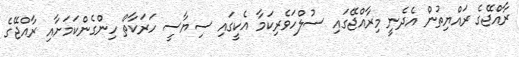
ރާއްޖޭގެ ރައްޔިތުން އެދެނީ މިރާއްޖޭގައި ސުލްހަވެރިކަމާ އެކީގައި ސިޔާސީ ހަރަކާތް ހިންގެންކަމަށާއި ރާއްޖޭގެ